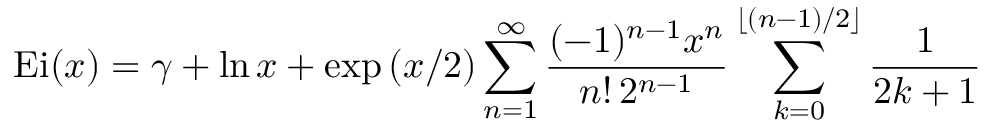
\mathrm { { E i } } ( x ) = \gamma + \ln x + \exp { ( x / 2 ) } \sum _ { n = 1 } ^ { \infty } { \frac { ( - 1 ) ^ { n - 1 } x ^ { n } } { n ! \, 2 ^ { n - 1 } } } \sum _ { k = 0 } ^ { \lfloor ( n - 1 ) / 2 \rfloor } { \frac { 1 } { 2 k + 1 } }